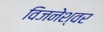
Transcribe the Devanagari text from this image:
विजनेश्वर